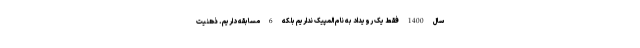
سال 1400 فقط یک رویداد به نام المپیک نداریم بلکه 6 مسابقه داریم. ذهنیت